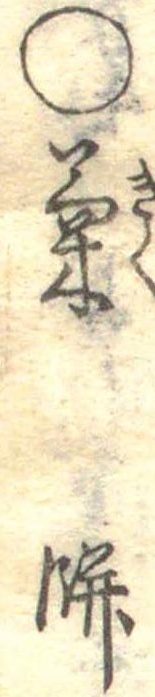
○菊餅